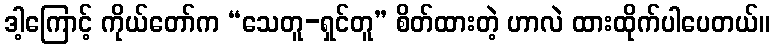
ဒါ့ကြောင့် ကိုယ်တော်က “သေတူ-ရှင်တူ” စိတ်ထားတဲ့ ဟာလဲ ထားထိုက်ပါပေတယ်။